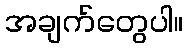
အချက်တွေပါ။